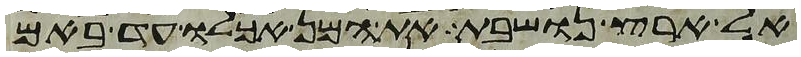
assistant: אל ארץ נושבת את המן אכלו עד באם